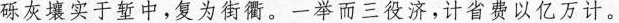
砾灰壤实于堑中，复为街衢。一举而三役济，计省费以亿万计。